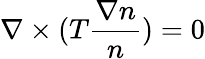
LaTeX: \nabla\times(T\frac{\nabla n}{n})=0